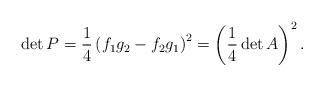
LaTeX: \begin{align*}\det P=\frac{1}{4}\left( f_{1}g_{2}-f_{2}g_{1}\right) ^{2}=\left(\frac{1}{4}\det A\right) ^{2}.\end{align*}